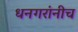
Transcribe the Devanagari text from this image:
धनगरांनीच